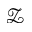
\mathcal { Z }